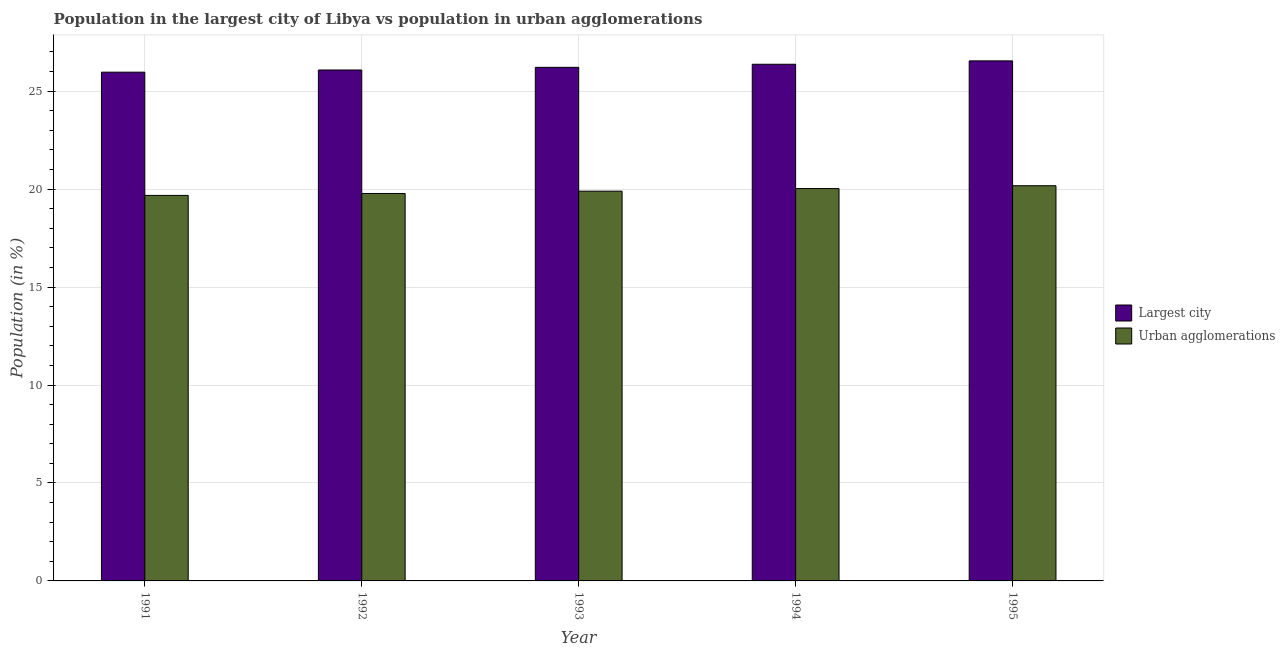
| Year | Largest city | Urban agglomerations |
 | --- | --- | --- |
 | 1991 | 26 | 19.7 |
 | 1992 | 26.1 | 19.8 |
 | 1993 | 26.2 | 19.9 |
 | 1994 | 26.4 | 20 |
 | 1995 | 26.5 | 20.2 |